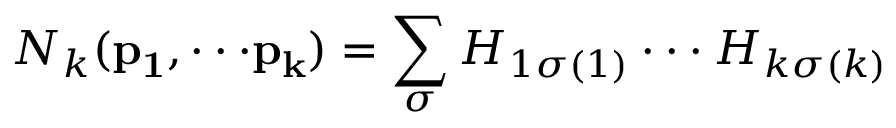
N _ { k } ( { \bf p _ { 1 } , \cdot \cdot \cdot p _ { k } } ) = \sum _ { \sigma } H _ { 1 \sigma ( 1 ) } \cdot \cdot \cdot H _ { k \sigma ( k ) }